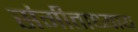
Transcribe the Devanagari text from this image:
संगीताध्याय